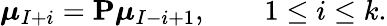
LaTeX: \boldsymbol{\mu}_{I+i}=\mathbf{P}\boldsymbol{\mu}_{I-i+1},\qquad 1\leq i\leq k.